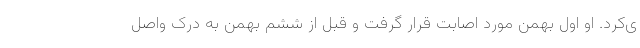
ی‌کرد. او اول بهمن مورد اصابت قرار گرفت و قبل از ششم بهمن به درک واصل